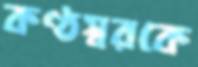
কণ্ঠস্বরকে